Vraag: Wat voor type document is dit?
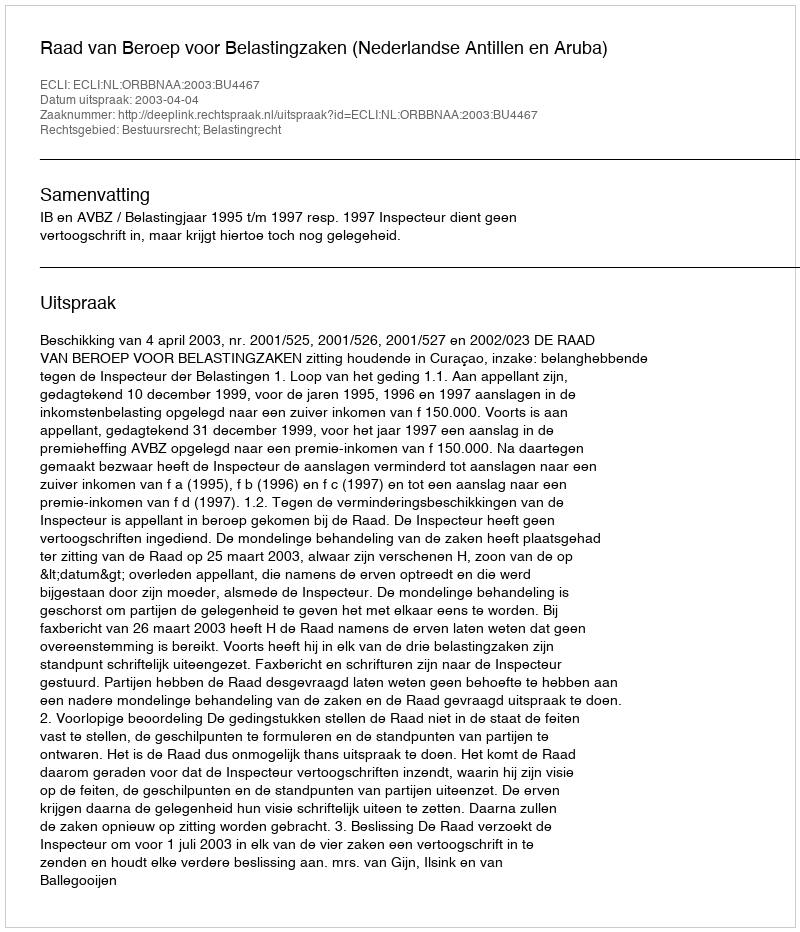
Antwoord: Uitspraak